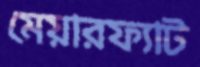
মেয়ারফ্যাট